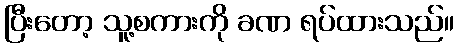
ပြီးတော့ သူ့စကားကို ခဏ ရပ်ထားသည်။